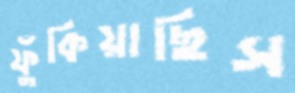
ফুঁকিয়াছিস